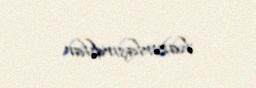
hazırlaşırdılar.